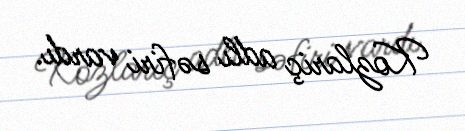
Kozlariç adlı səfiri vardı.